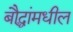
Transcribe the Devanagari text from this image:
बौद्धांमधील